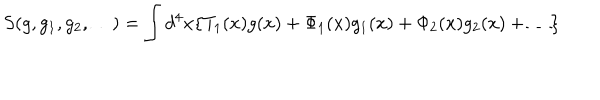
S ( g , g _ { 1 } , g _ { 2 } , \ldots ) = \int d ^ { 4 } x \{ T _ { 1 } ( x ) g ( x ) + \Phi _ { 1 } ( x ) g _ { 1 } ( x ) + \Phi _ { 2 } ( x ) g _ { 2 } ( x ) + \ldots \}